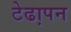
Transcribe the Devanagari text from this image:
टेढा़पन